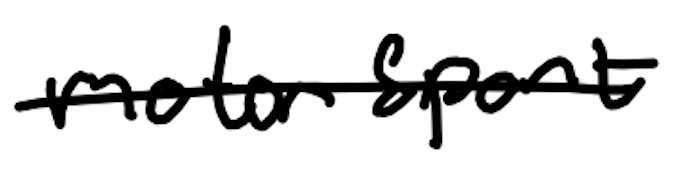
Text: motorsport
Cross-out: single-line
Writing tool: digital_black